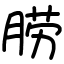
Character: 𦛨